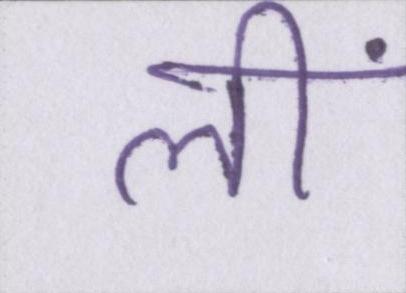
लीं